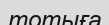
тотыға